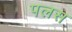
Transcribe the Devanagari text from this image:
पलस